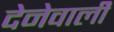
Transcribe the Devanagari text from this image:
देनेवालीे